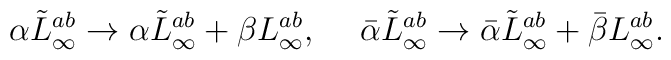
\alpha\tilde L^{ab}_\infty \rightarrow \alpha\tilde L^{ab}_\infty                                      +\beta L^{ab}_\infty, \hskip 15pt\bar\alpha\tilde L^{ab}_\infty \rightarrow \bar\alpha\tilde L^{ab}_\infty                                      +\bar\beta L^{ab}_\infty.